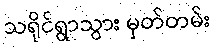
သရိုင်ရွာသွား မှတ်တမ်း